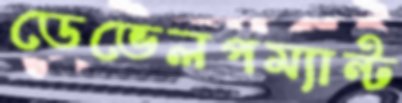
ডেভেলপম্যান্ট